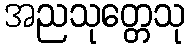
အညသုတ္တေသု